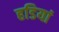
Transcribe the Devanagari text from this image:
हडियां